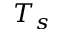
T _ { s }